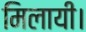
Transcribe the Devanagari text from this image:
मिलायी।